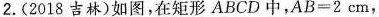
2.(2018吉林)如图，在矩形ABCD中，$$A B = 2 c m$$，